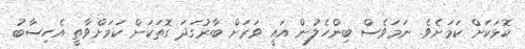
ކޮޅަކަށް ކަމަށެވެ. ނަމަވެސް ބިންހެލުން އައީ ވަރަށް ބާރުގަދަ ގޮތަކަށް ކަމަށްވާތީ އެހިސާބު